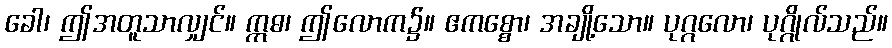
ခေါ၊ ဤအတူသာလျှင်။ ဣဓ၊ ဤလောက၌။ ဧကစ္စော၊ အချို့သော။ ပုဂ္ဂလော၊ ပုဂ္ဂိုလ်သည်။